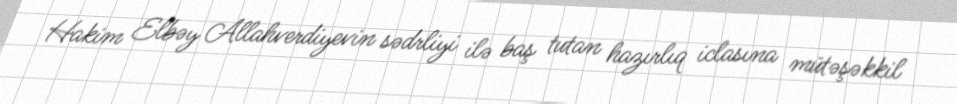
Hakim Elbəy Allahverdiyevin sədrliyi ilə baş tutan hazırlıq iclasına mütəşəkkil